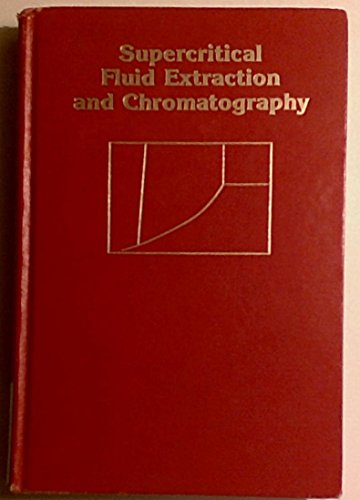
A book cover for Supercritical Fluid Extraction and Chromatography: Techniques and Applications (Acs Symposium Series); Bonnie A. Charpentier; Science & Math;